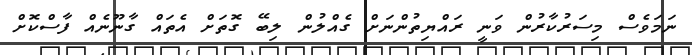
ނަމަވެސް މިސަރުކާރުން ވަނީ ރައްޔިތުންނަށް ގެއްލުން ލިބޭ ގޮތަށް އެތައް ގާނޫނެއް ފާސްކޮށް